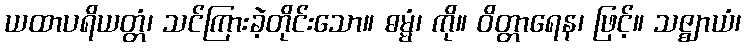
ယထာပရိယတ္တံ၊ သင်ကြားခဲ့တိုင်းသော။ ဓမ္မံ၊ ကို။ ဝိတ္တာရေန၊ ဖြင့်။ သဇ္ဈာယံ၊